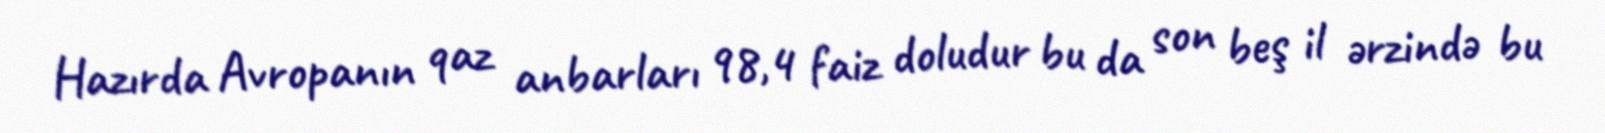
Hazırda Avropanın qaz anbarları 98,4 faiz doludur bu da son beş il ərzində bu